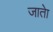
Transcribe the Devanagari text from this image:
जातेा